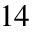
^ { 1 4 }